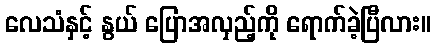
လေသံနှင့် နွယ် ပြောအလှည့်ကို ရောက်ခဲ့ပြီလား။